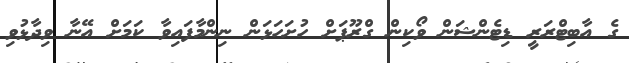
ގެ އާބިޓްރަރީ ޑިޓެންޝަން ވޯކިން ގްރޫޕަށް ހުށަހަޅަން ނިންމާފައިވާ ކަމަށް އޭނާ ވިދާޅުވި